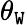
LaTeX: \theta_{\mathtt{W}}